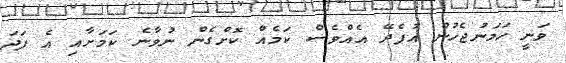
ވަނީ ހަމަނުޖެހުން އުފެދޭ އެއްވެސް ކަމެއް ކޮށްގެން ނުވާނެ ކަމަށާއި އެ ފަދަ